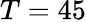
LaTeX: T=45